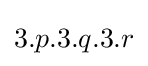
3.p.3.q.3.r